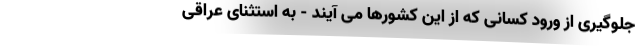
جلوگیری از ورود کسانی که از این کشورها می آیند - به استثنای عراقی